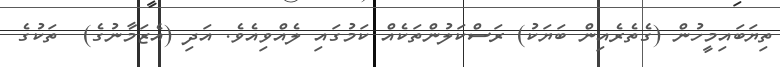
ތިޔަބައިމީހުން (ގެތެރެއިން ބަޔަކު) ރަސްކަލުންތަކެއް ކަމުގައި ލެއްވިއެވެ. އަދި (އެޒަމާނުގެ)  ތަކުގެ